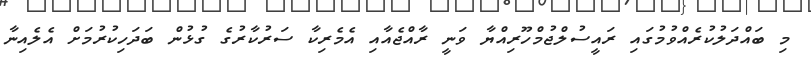
މި ބައްދަލުކުރެއްވުމުގައި ރައީސުލްޖުމްހޫރިއްޔާ ވަނީ ރާއްޖެއާއި އެމެރިކާ ސަރުކާރުގެ ގުޅުން ބަދަހިކުރުމަށް އެލެއިނާ